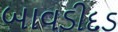
બાવડીદડ